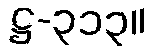
ဋ္ဌ-၃၁၃။